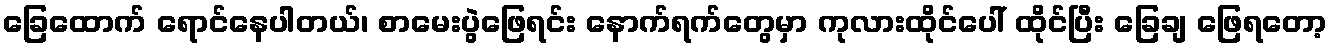
ခြေထောက် ရောင်နေပါတယ်၊ စာမေးပွဲဖြေရင်း နောက်ရက်တွေမှာ ကုလားထိုင်ပေါ် ထိုင်ပြီး ခြေချ ဖြေရတော့